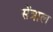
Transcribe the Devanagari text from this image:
सेंत्राल